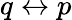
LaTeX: q\leftrightarrow p